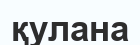
қулана